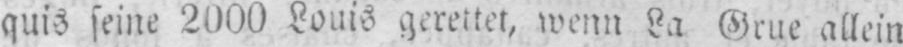
quis seine 2000 Louis gerettet, wenn La Grue allein